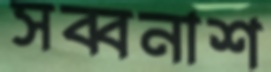
সব্বনাশ